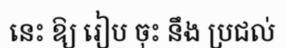
នេះ ឱ្យ រៀប ចុះ នឹង ប្រជល់